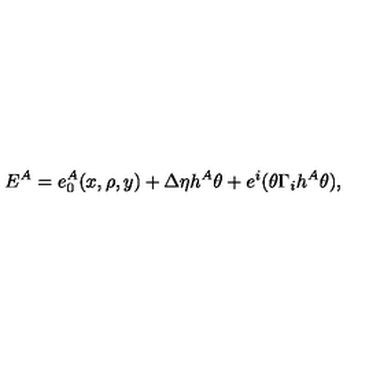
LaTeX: E ^ { A } = e _ { 0 } ^ { A } ( x , \rho , y ) + \Delta \eta h ^ { A } \theta + e ^ { i } ( \theta \Gamma _ { i } h ^ { A } \theta ) ,